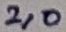
Text: 2,0